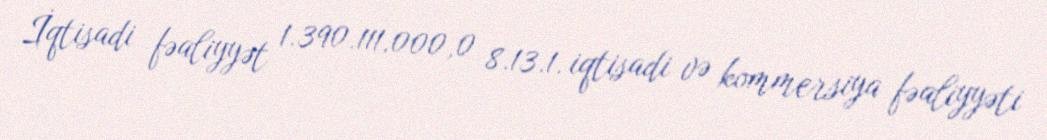
İqtisadi fəaliyyət 1.390.111.000,0 8.13.1. iqtisadi və kommersiya fəaliyyəti